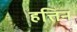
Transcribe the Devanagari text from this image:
हत्तिन